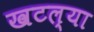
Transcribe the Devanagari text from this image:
खटल्या